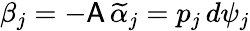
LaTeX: \beta_{j}=-\mathsf{A}\, \widetilde{\alpha}_{j}=p_{j}\, d\psi_{j}